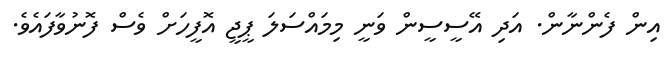
އިން ފެންނާން. އަދި އޭސީސީން ވަނީ މިމައްސަލަ ޕީޖީ އޮފީހަށް ވެސް ފޮނުވާފައެވެ.